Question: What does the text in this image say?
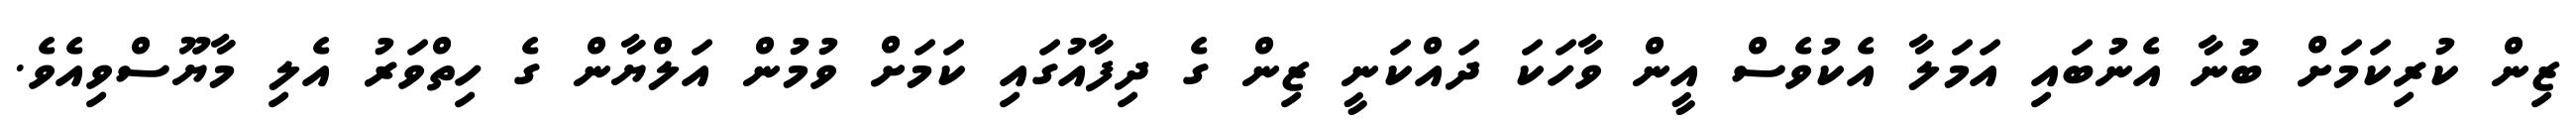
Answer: ޒިން ކުރިކަމަށް ބުނާ އެނުބައި އަމަލާ އެކުވެސް އީން ވާހަކަ ދައްކަނީ ޒިން ގެ ދިފާއުގައި ކަމަށް ވުމުން އަލްޔާން ގެ ހިތްވަރު އެލި މާޔޫސްވިއެވެ.